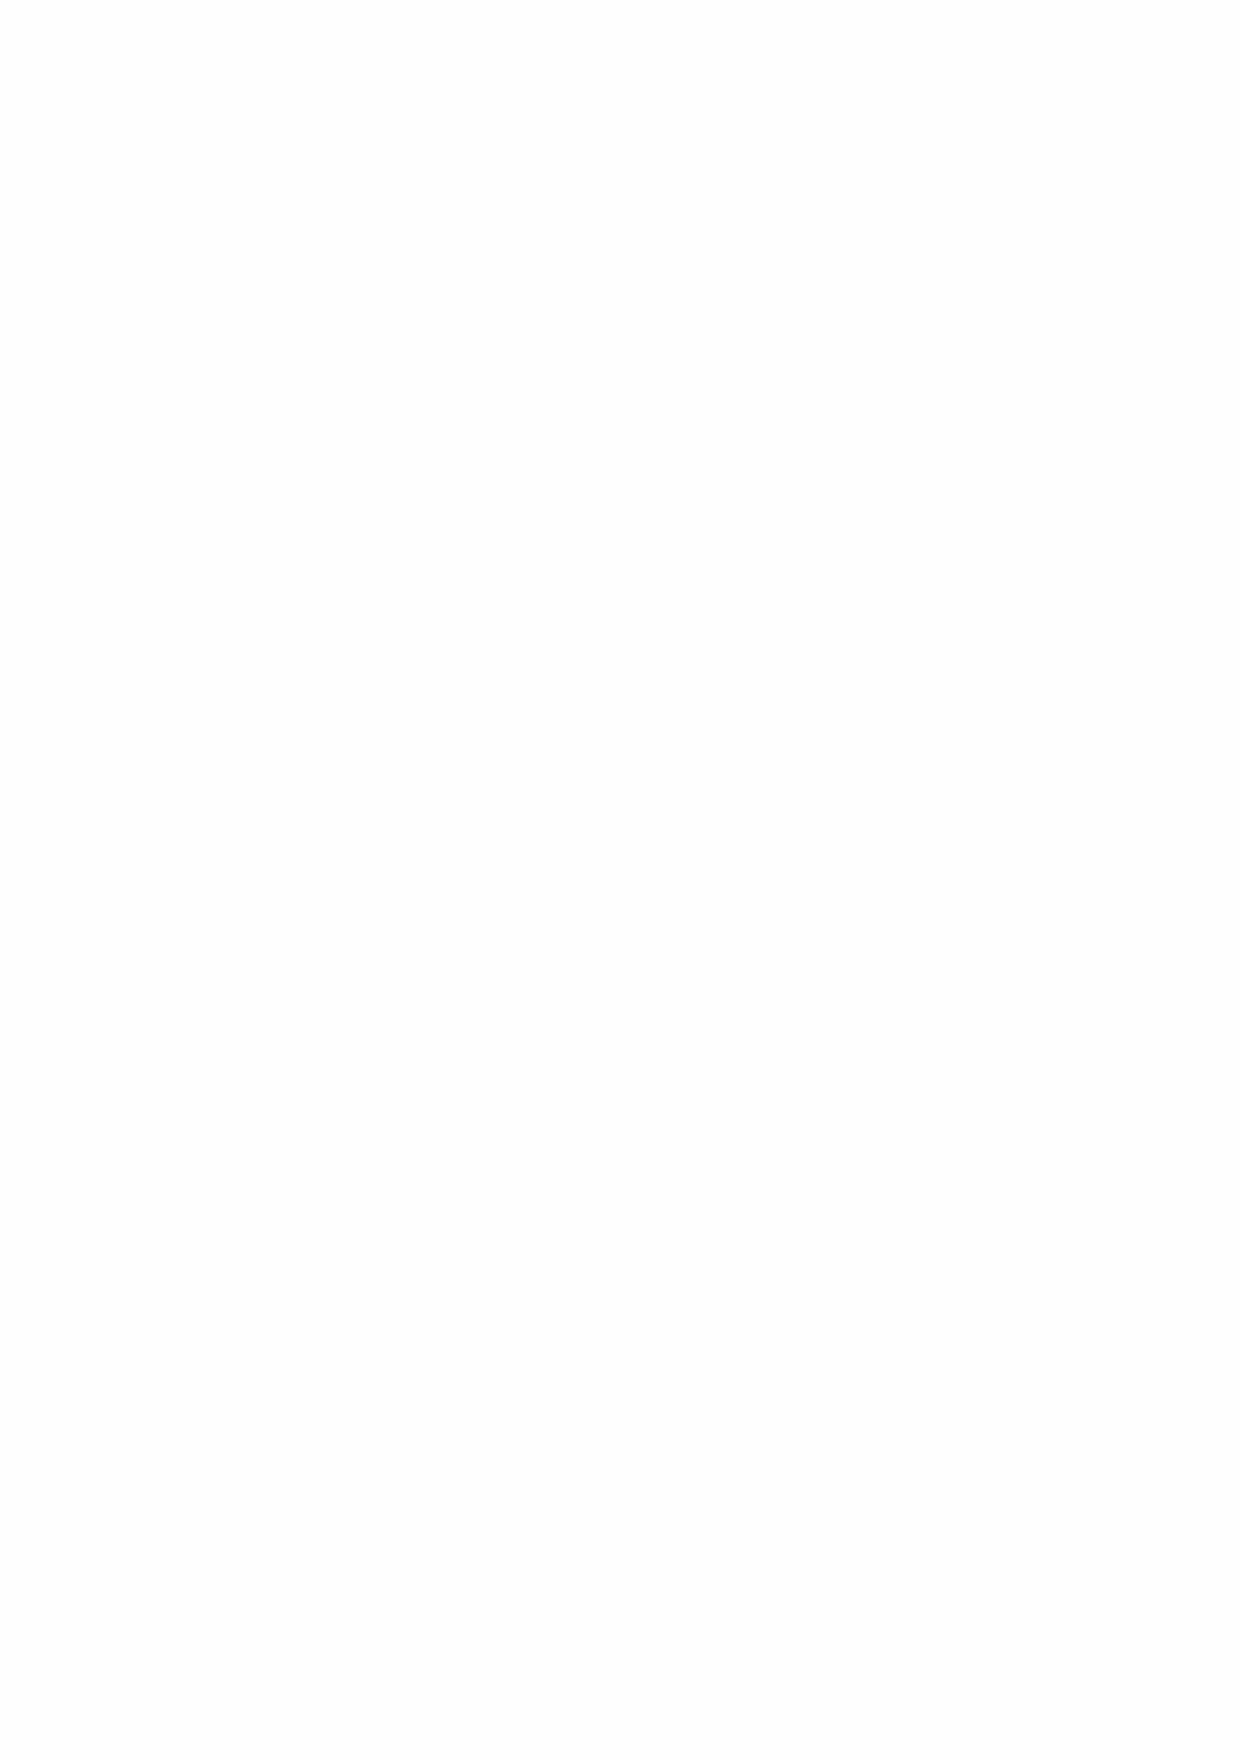
5. NFT PLATFORM
 The LEGENDARY PAW team is already working on a NFT (Non-Fungible Token) platform,
 digital art on the Blockchain and the platform is almost done.
 What is a NFT?
 A non-fungible token (NFT) is a unit of data stored on a digital ledger, called a Blockchain,
 that certifies a digital asset to be unique and therefore not interchangeable. NFTs can be
 used to represent items such as photos, videos, audio, and other types of digital files.
 NFT GAMBLING platform:
 In addition to the NFT marketplace, we are adding an NFT parlor section to the website,
 where users can play NFT slots with PAW tokens and NFT’s.
 6. AUCTION PLATFORM
 The LEGENDARY PAW team works to build an online auction platform where anyone,
 regardless of their location, can bid or auction any type of product, and the auctions will be
 based on CRYPTOCURRENCY, including PAW coin!
 Any product can be auctioned on the platform.
 THE LEGENDARY PAW project will start as BSC based token, with further migration to our own
 platform when ready (Warp-chain), becoming a coin.
 Future projects will be available also, increasing the PAW value over time and helping our
 community and investors to receive a positive flow of earnings just by owning PAW coins.
 ROAD MAP
 Q4 2021: Private Investors
 Q1 2022:
 PAWX platform Stage 1 development
 PAWX Decentralized Wallet
 PAWX Centralized Wallet (PAK)
 LEGENDARY PAW mobile app.